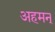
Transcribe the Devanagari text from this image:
अहमन्